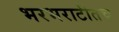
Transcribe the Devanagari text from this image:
भरभराटीतच